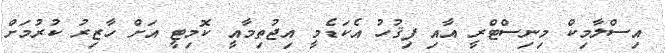
އިސްލާމިކް މިނިސްޓްރީ އާއި ފިޤުހު އެކަޑެމީ އިޖުތިމާއީ ކޮމިޓީ އަށް ހާޒިރު ކުރުމަށް